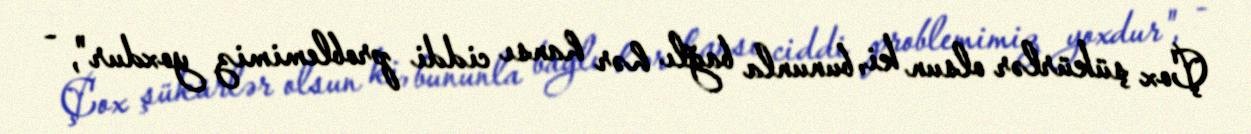
Çox şükürlər olsun ki, bununla bağlı hər hansı ciddi problemimiz yoxdur", -